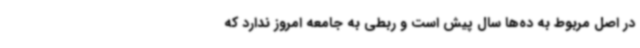
در اصل مربوط به ده‌ها سال پیش است و ربطی به جامعه امروز ندارد که